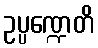
ဥပ္ပဏ္ဍေတိ